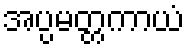
အပ္ပမတ္တကာယံ